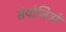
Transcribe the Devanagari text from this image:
संयोजित्रों